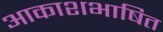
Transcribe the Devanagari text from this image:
आकाशभाषित